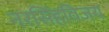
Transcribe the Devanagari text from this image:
नरसिंहविजय